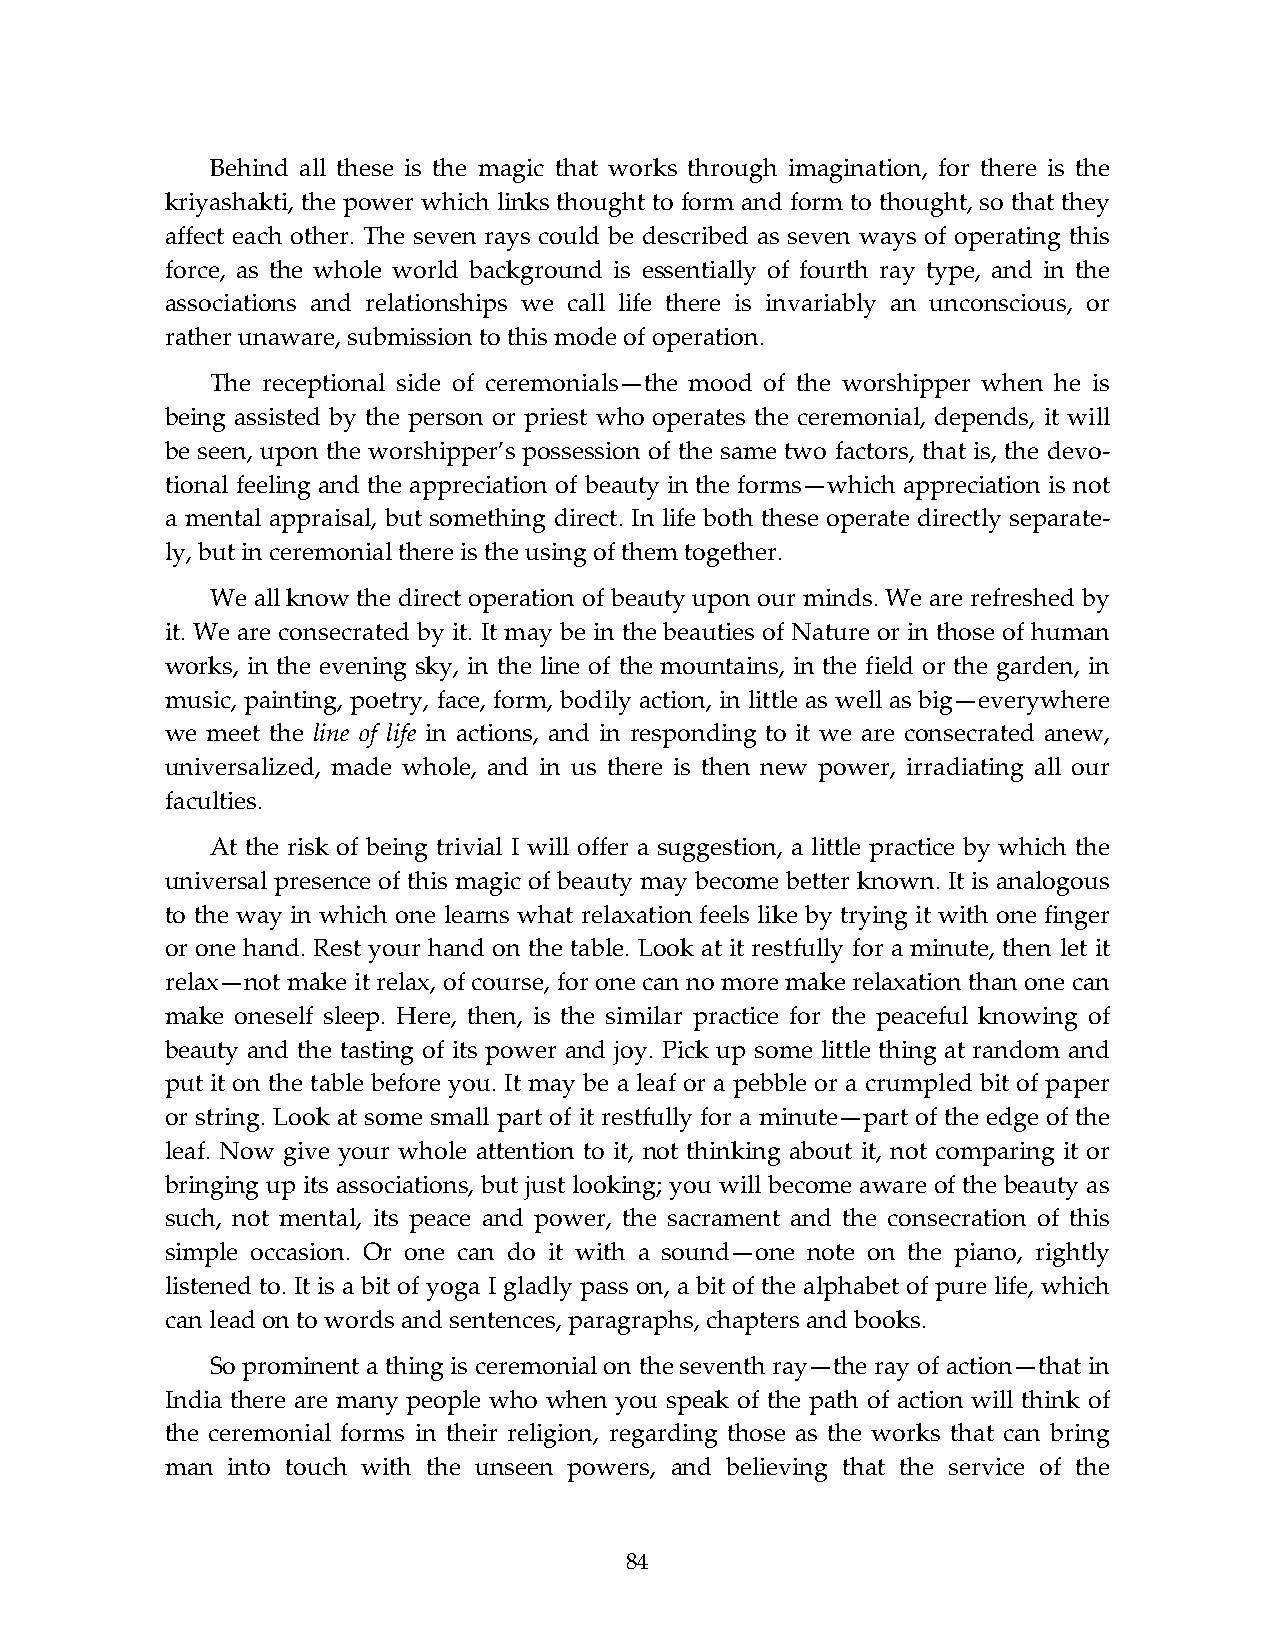
Behind all these is the magic that works through imagination, for there is the
 kriyashakti, the power which links thought to form and form to thought, so that they
 affect each other. The seven rays could be described as seven ways of operating this
 force, as the whole world background is essentially of fourth ray type, and in the
 associations and relationships we call life there is invariably an unconscious, or
 rather unaware, submission to this mode of operation.
 The receptional side of ceremonials—the mood of the worshipper when he is
 being assisted by the person or priest who operates the ceremonial, depends, it will
 be seen, upon the worshipper’s possession of the same two factors, that is, the devo-
 tional feeling and the appreciation of beauty in the forms—which appreciation is not
 a mental appraisal, but something direct. In life both these operate directly separate-
 ly, but in ceremonial there is the using of them together.
 We all know the direct operation of beauty upon our minds. We are refreshed by
 it. We are consecrated by it. It may be in the beauties of Nature or in those of human
 works, in the evening sky, in the line of the mountains, in the field or the garden, in
 music, painting, poetry, face, form, bodily action, in little as well as big—everywhere
 we meet the line of life in actions, and in responding to it we are consecrated anew,
 universalized, made whole, and in us there is then new power, irradiating all our
 faculties.
 At the risk of being trivial I will offer a suggestion, a little practice by which the
 universal presence of this magic of beauty may become better known. It is analogous
 to the way in which one learns what relaxation feels like by trying it with one finger
 or one hand. Rest your hand on the table. Look at it restfully for a minute, then let it
 relax—not make it relax, of course, for one can no more make relaxation than one can
 make oneself sleep. Here, then, is the similar practice for the peaceful knowing of
 beauty and the tasting of its power and joy. Pick up some little thing at random and
 put it on the table before you. It may be a leaf or a pebble or a crumpled bit of paper
 or string. Look at some small part of it restfully for a minute—part of the edge of the
 leaf. Now give your whole attention to it, not thinking about it, not comparing it or
 bringing up its associations, but just looking; you will become aware of the beauty as
 such, not mental, its peace and power, the sacrament and the consecration of this
 simple occasion. Or one can do it with a sound—one note on the piano, rightly
 listened to. It is a bit of yoga I gladly pass on, a bit of the alphabet of pure life, which
 can lead on to words and sentences, paragraphs, chapters and books.
 So prominent a thing is ceremonial on the seventh ray—the ray of action—that in
 India there are many people who when you speak of the path of action will think of
 the ceremonial forms in their religion, regarding those as the works that can bring
 man into touch with the unseen powers, and believing that the service of the
 84